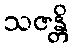
သဇန္တိ